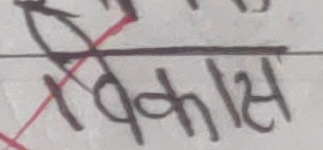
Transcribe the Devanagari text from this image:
विकास